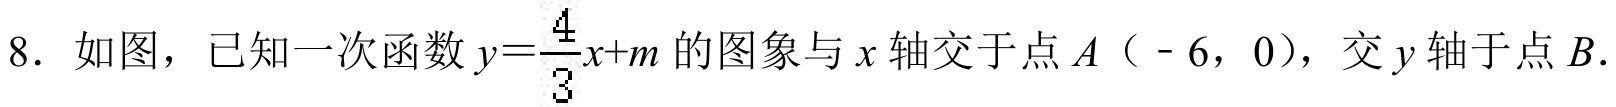
8. 如图，已知一次函数\(y = \dfrac{4}{3}x + m\)的图象与\(x\)轴交于点\(A\)（\(-6\)，\(0\)），交\(y\)轴于点\(B\).